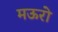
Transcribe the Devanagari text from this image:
मऊरो